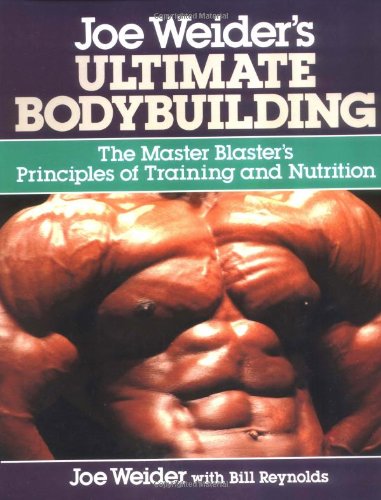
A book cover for Joe Weider's Ultimate Bodybuilding; Joe Weider; Health, Fitness & Dieting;